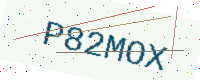
Text: P82MOX